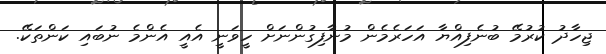
ޖިހާދު ކުރުމޭ ބުނެފިއްޔާ އަހަރެމެން މުނާފިގުންނަށް ހީވަނީ އެއީ އެންމެ ނުބައި ކަންތަކޭ.